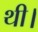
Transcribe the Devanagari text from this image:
थी।